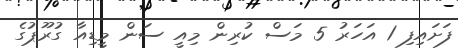
ފަށައިފި 1 އަހަރު 5 މަސް ކުރިން މިއީ ސަން މީޑިއާ ގުރޫޕުގެ